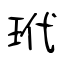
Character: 玳